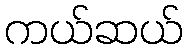
ကယ်ဆယ်